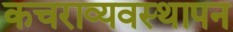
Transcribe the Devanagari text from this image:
कचराव्यवस्थापन